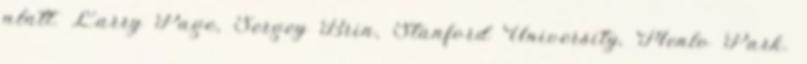
alatt. Larry Page, Sergey Brin, Stanford University, Menlo Park.